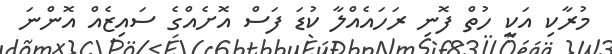
މުރާކި އަކީ ހުތް ފޮނި ރަހައެއްލާ ކުޑަ ފަސް އޮށެއްގެ ސައިޒެއް އޮންނަ